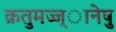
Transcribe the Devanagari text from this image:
क्रतुमज्ज्ानेषु